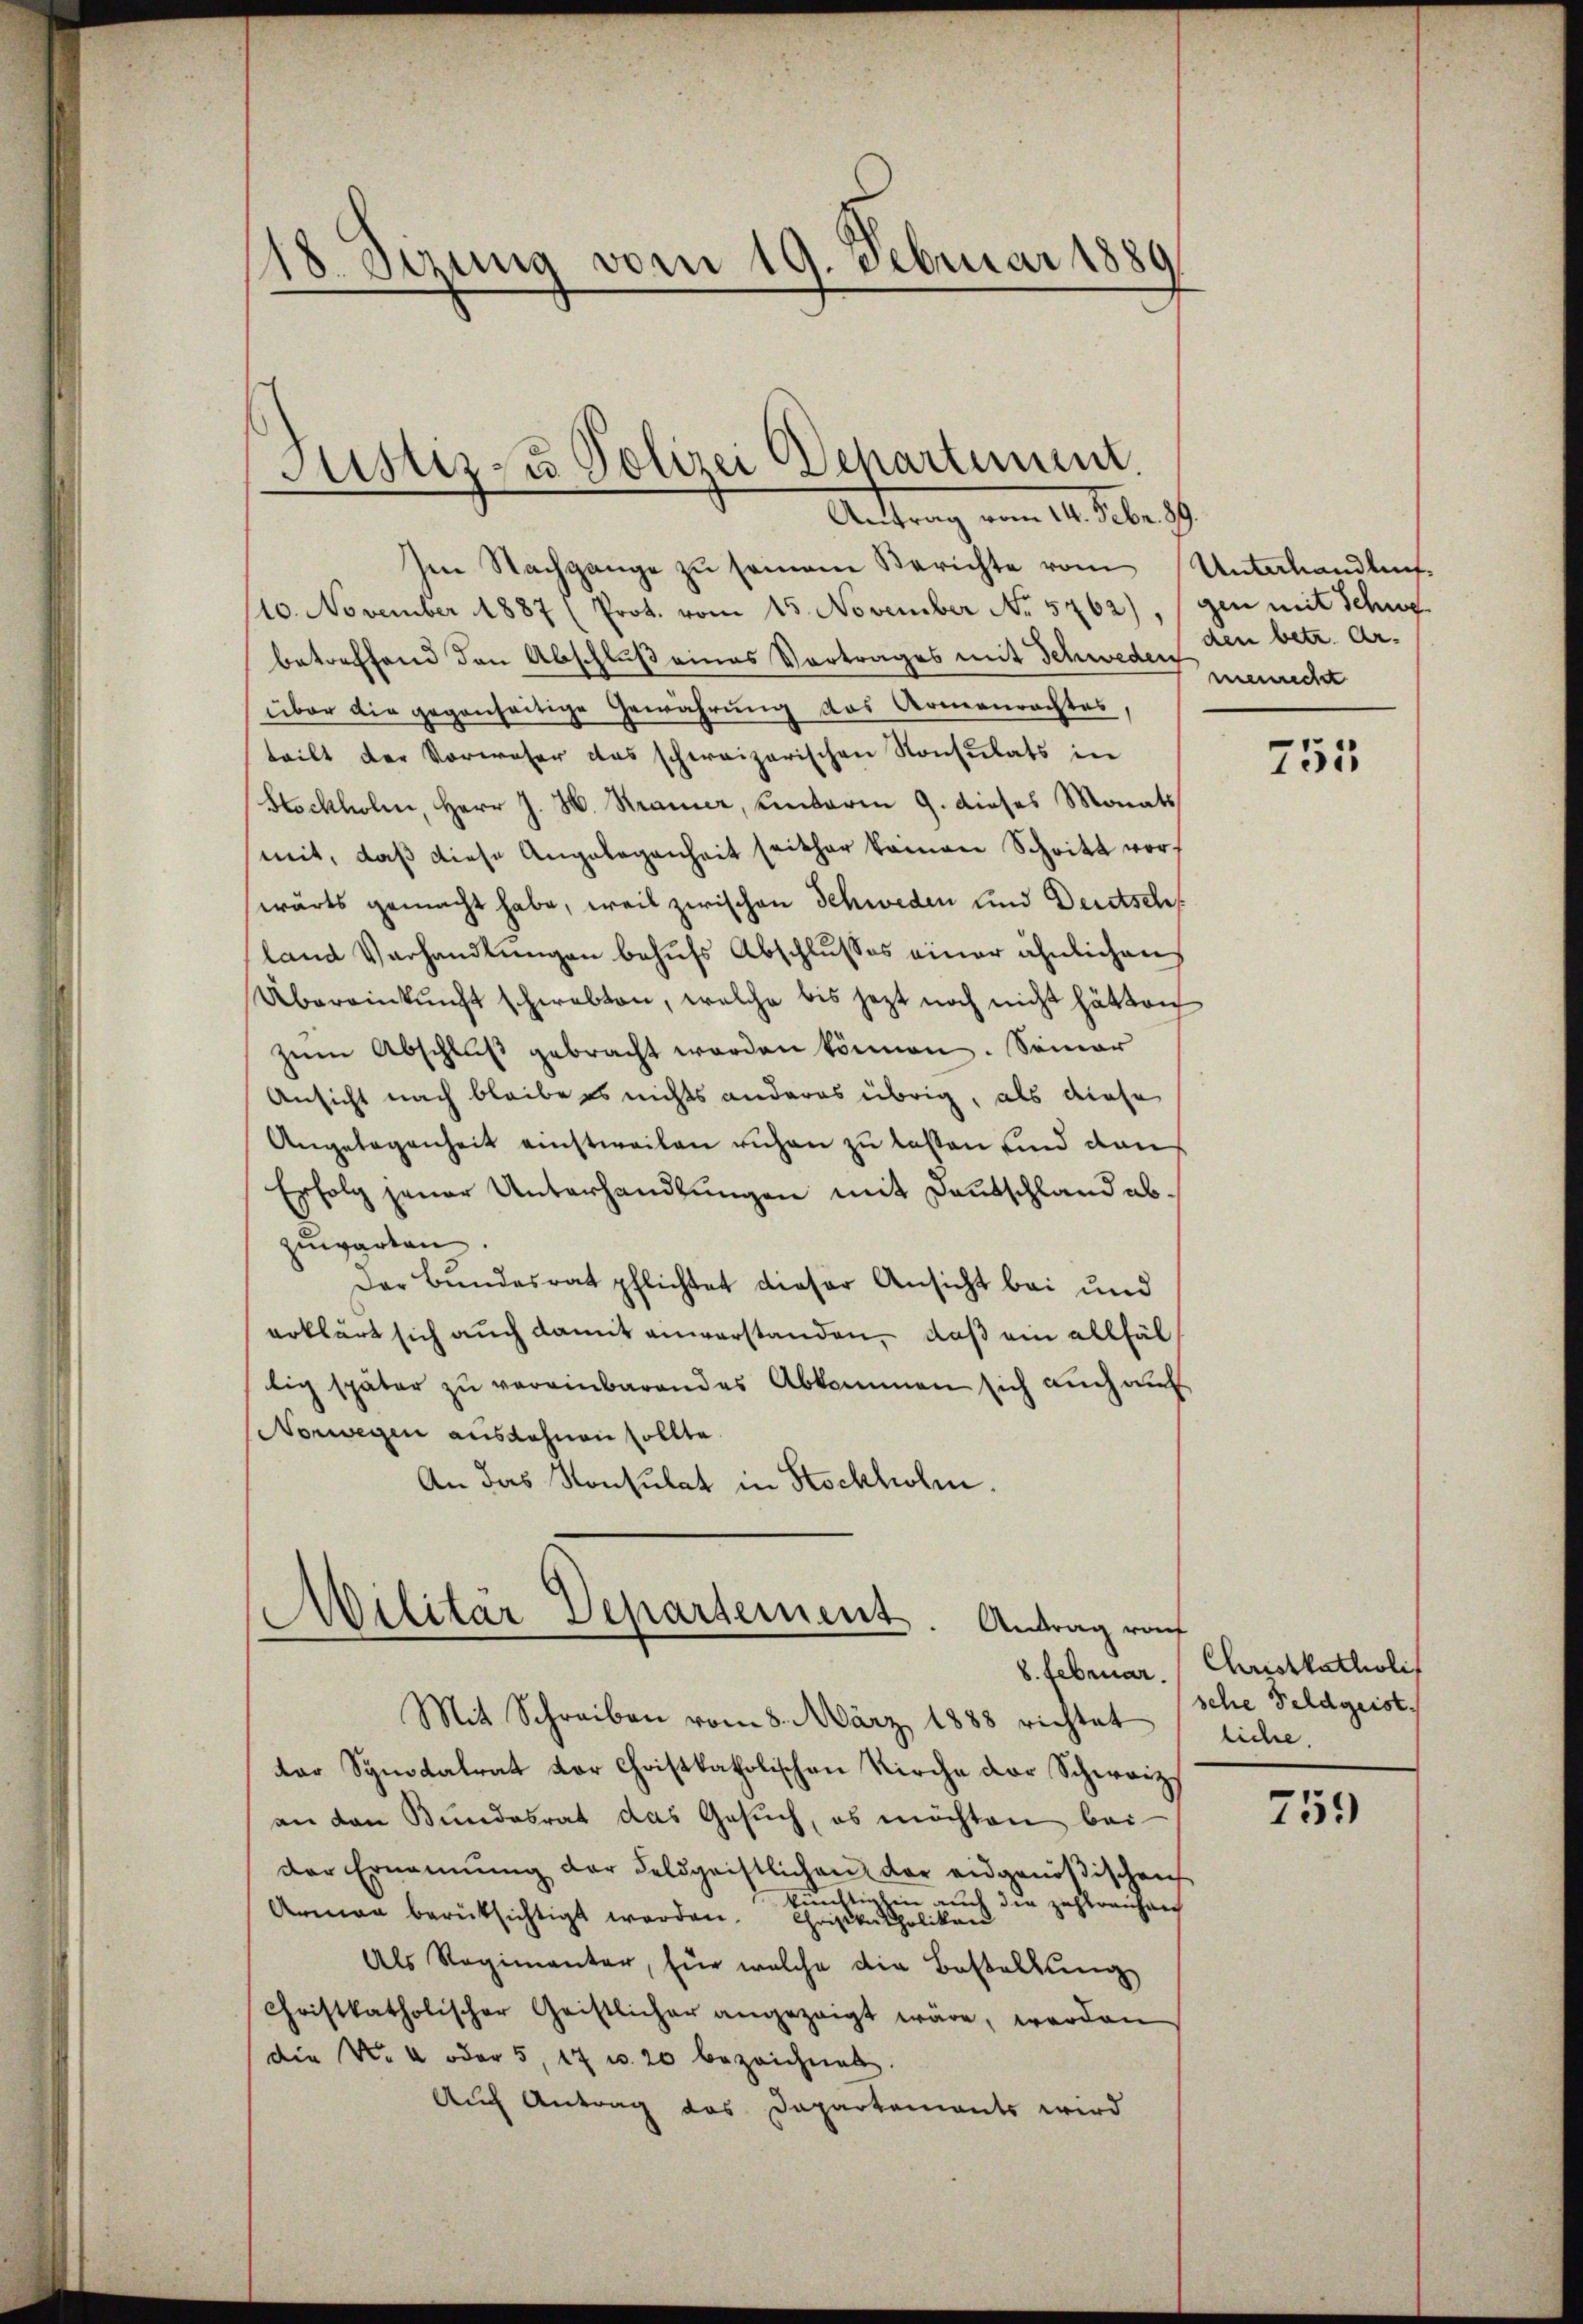
18. Sezung vom 19. Februar 1889

Justiz zu Polizei Departement.
Anthrung vom 14. Febr 189

Im Nachgange zu seinem Berichte vom
10. November 1887 (Prot. vom 15. November No. 5762),
betreffend den Abschluß eines Vortrages mit Schweden den betr. Arüber die gegenseitige Gewährung des Armenrechtes,
teilt der Vorwoher das schweizerischen Konsulats in
Stockholen, Herr J. H. Kramer, Unterm 9. dieses Monats
mit, daß diese Angelegenheit seither keinen Schritt vorwärts gemacht habe, weil zwischen Schweden und Deutschf
land Verhandlungen behufs Abschlusses einer ähnlichen
Übereinkunft schwebten, welche bis jezt noch nicht hätten
zŭm Abschlŭβ gebracht worden können. Seiner
Ansicht nach bleibe es nichts anderes übrig, als diese
Angelegenheit einstweilen ruhen zu lassen sind da
Erfolg jener Unterhandlungen mit Deutschland abzuwarten
Der Bundesrat pflichtet dieser Ansicht bei und
erklärt sich auch damit anverstanden, daß ein allfällig später zu vereinbarendes Abkommen sich auch auf
Norwegen ausdehnen sollte.
An das Konsulat in Stockholm.
Militär Departement. Antrag raf

8. Februar.

Mit Schreiben vom 8. März 1888 richtet siche.
der Synodalrat vor Christkatholischen Kirche der Schweiz
an den Bundesrat das Gesuch, es möchten bei
der Ernennung der Feldgeistlichen der eidgenößischen
künftighin auch die zahlreichen
Arman berüksichtigt worden. Christkatholiken
Als Regimentar, für welche die Bestaltung
Christkatholischer Geistlicher angezeigt wäre, worden
Die No 4 oder 5, 17 u. 20 bezeichnet.
Auch Antrag des Dapartements wird

Unterhandlung
gen mit Schwe
menrecht

755

Christkatholis
sche Feldgeist.

759